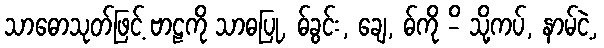
သာဓောသုတ်ဖြင့် ဗာဠကို သာဓပြု, ဓ်ခွင်း, ချေ, ဓ်ကို -ိ သို့ကပ်, နာမ်ငဲ့,